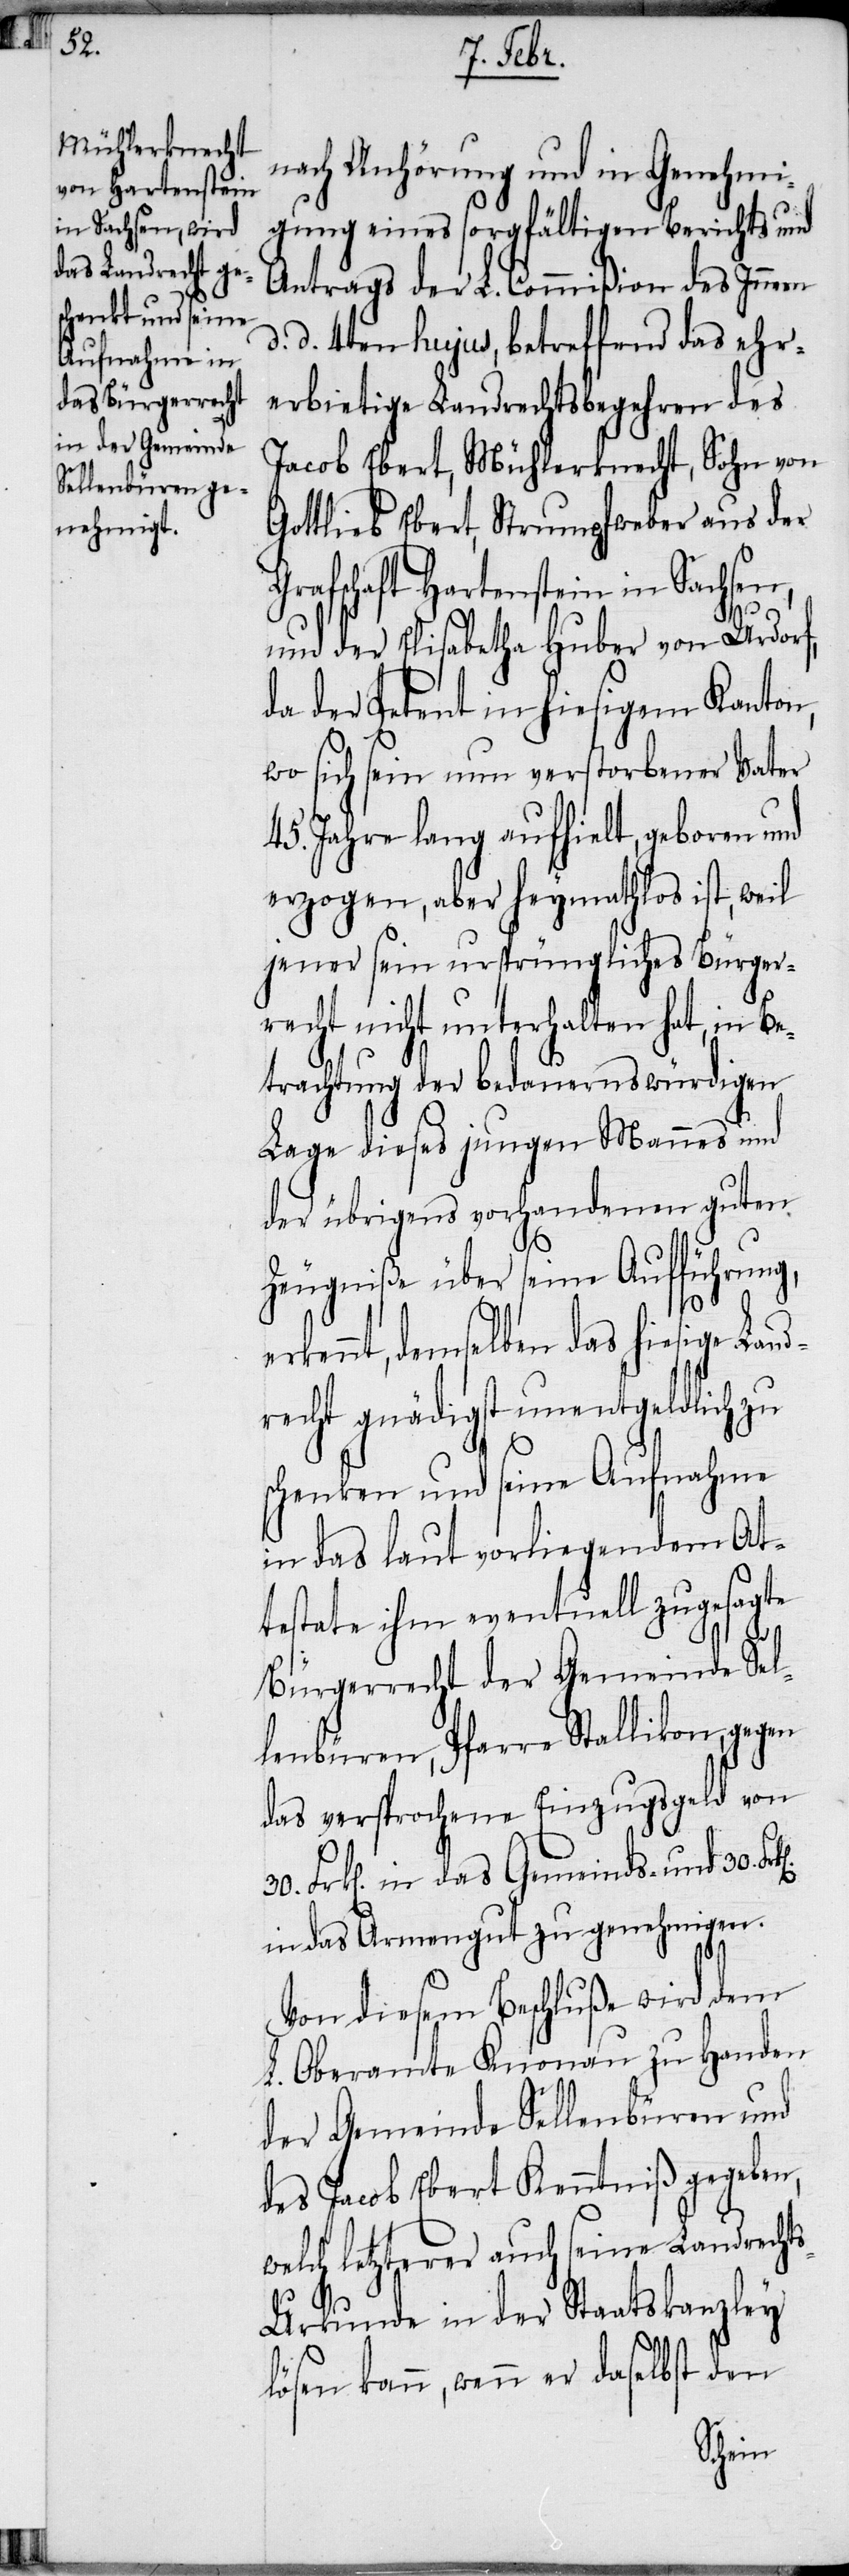
nach Anhörung und in Genehmi¬
gung eines sorgfältigen Berichts und
Antrags der L. Commißion des Innern
d. d. 4ten hujus, betreffend das ehr¬
erbietige Landrechtsbegehren des
Jacob Ebert, Mühlerknecht, Sohn von
Gottlieb Ebert, Strumpfweber aus der
Grafschaft Hartenstein in Sachsen,
und der Elisabetha Huber von Urdorf,
da der Petent in hiesigem Kanton,
wo sich sein nun verstorbener Vater
45. Jahre lang aufhielt, geboren und
erzogen, aber heymathlos ist, weil
jener sein ursprüngliches Bürger¬
recht nicht unterhalten hat, in Be¬
trachtung der bedauernswürdigen
Lage dieses jungen Mannes und
der übrigens vorhandenen guten
Zeugniße über seine Aufführung,
demselben das hiesige Lan¬
drecht gnädigst unentgeldlich zu
schenken und seine Aufnahme
in das laut vorliegendem At¬
testate ihm eventuell zugesagte
Bürgerrecht der Gemeinde Sel¬
lenbüren, Pfarre Stallikon, gegen
das versprochene Einzugsgeld von
Frk[en]. in das Gemeinds- und 30.
in das Armengut zu genehmigen.
Von diesem Beschluße wird dem
L. Oberamte Knonau zu Handen
der Gemeinde Sellenbüren und
des Jacob Ebert Kenntniß gegeben,
welch letzterer auch seine Landrecht¬
s-Urkunde in der Staatskanzley
lösen kann, wenn er daselbst den